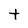
Character: t